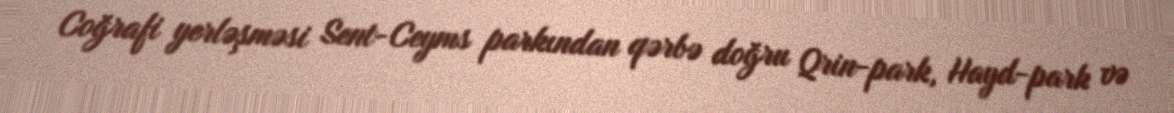
Coğrafi yerləşməsi Sent-Ceyms parkından qərbə doğru Qrin-park, Hayd-park və